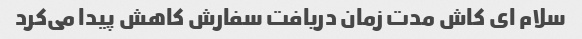
سلام ای کاش مدت زمان دریافت سفارش کاهش پیدا می‌کرد